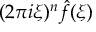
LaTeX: ( 2 \pi i \xi ) ^ { n } { \hat { f } } ( \xi )